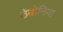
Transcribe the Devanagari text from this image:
ठेवोनिया